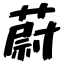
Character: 蔚